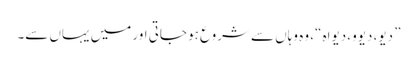
” دیو، دیوو، دیواہ “، وہ وہاں سے شروع ہو جاتی اور میں یہاں سے۔